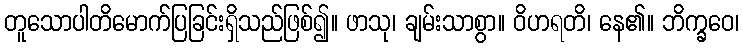
တူသောပါတိမောက်ပြခြင်းရှိသည်ဖြစ်၍။ ဖာသု၊ ချမ်းသာစွာ။ ဝိဟရတိ၊ နေ၏။ ဘိက္ခဝေ၊